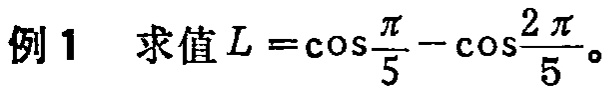
例1 求值 \(L = \cos\frac{\pi}{5} - \cos\frac{2\pi}{5}\)。